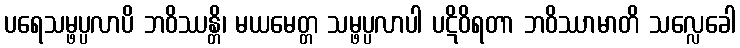
ပရေသမ္ဖပ္ပလာပိ ဘဝိဿန္တိ၊ မယမေတ္တ သမ္ဖပ္ပလာပါ ပဋိဝိရတာ ဘဝိဿာမာတိ သလ္လေခေါ